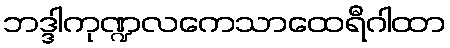
ဘဒ္ဒါကုဏ္ဍလကေသာထေရီဂါထာ